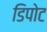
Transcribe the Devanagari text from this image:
डिपोट